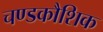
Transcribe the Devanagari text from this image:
चण्डकौशिक